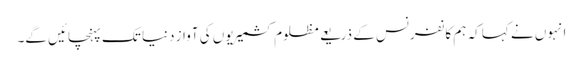
انہوں نے کہا کہ ہم کانفرنس کے ذریعے مظلوم کشمیریوں کی آواز دنیا تک پہنچائیں گے۔